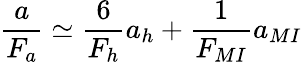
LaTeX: \frac{a}{F_{a}}\simeq\frac{6}{F_{h}}a_{h}+\frac{1}{F_{MI}}a_{MI}